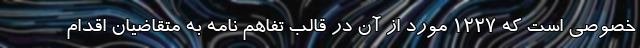
خصوصی است که ۱۲۲۷ مورد از آن در قالب تفاهم نامه به متقاضیان اقدام